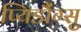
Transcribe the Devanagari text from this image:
प्यिडौंग्सु